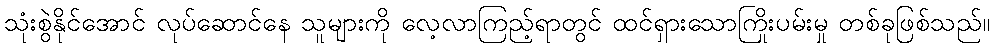
သုံးစွဲနိုင်အောင် လုပ်ဆောင်နေ သူများကို လေ့လာကြည့်ရာတွင် ထင်ရှားသောကြိုးပမ်းမှု တစ်ခုဖြစ်သည်။